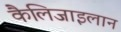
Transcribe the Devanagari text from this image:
कैलिजाइलान